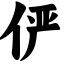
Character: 俨